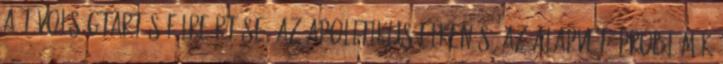
a távolságtartás félreértése, az apolitikus elkenés, az alapvető problémák